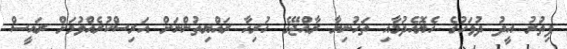
ފިތުރު އީދު ދުވަހުގެ ހެޔޮއެދުމާއި ތަހުނިޔާ ރާއްޖޭގެ ހުރިހާ ރައްޔިތުންނަށް އަރިސްކުރެއްވުމަށް ރައީސް